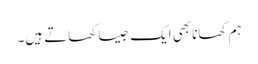
ہم کھانا بھی ایک جیسا کھاتے ہیں۔